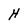
Character: H